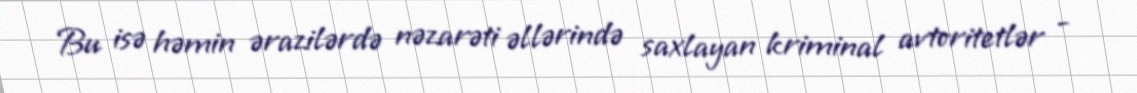
Bu isə həmin ərazilərdə nəzarəti əllərində saxlayan kriminal avtoritetlər -